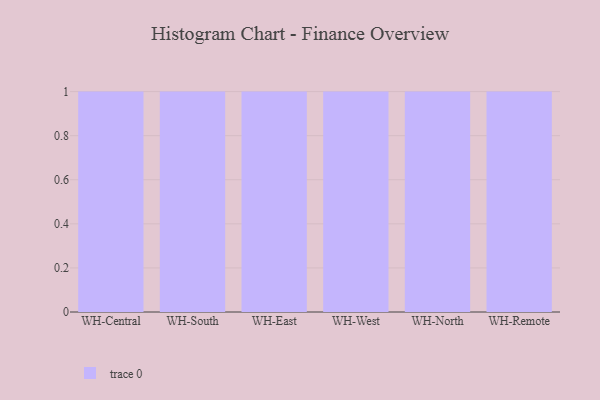
{"axis": {"x": "Warehouse", "y": "LTV (USD)"}, "legend": [""], "data": [{"x": "WH-Central", "y": 94, "type": ""}, {"x": "WH-South", "y": 34, "type": ""}, {"x": "WH-East", "y": 90, "type": ""}, {"x": "WH-West", "y": 86, "type": ""}, {"x": "WH-North", "y": 27, "type": ""}, {"x": "WH-Remote", "y": 80, "type": ""}]}